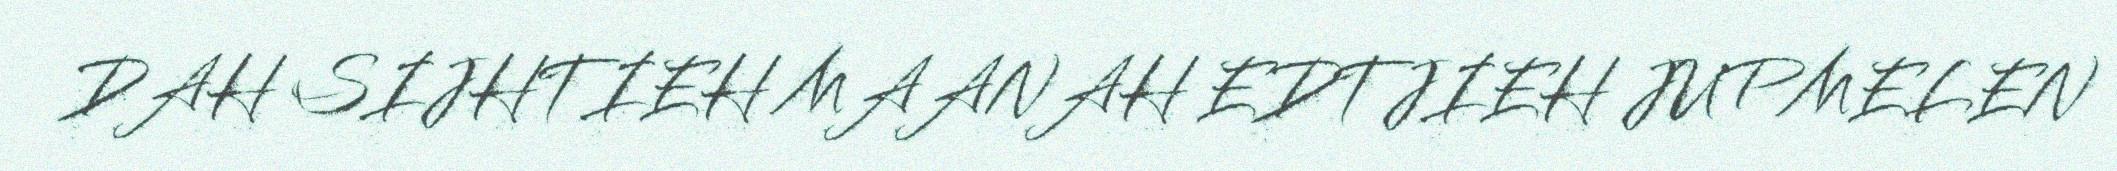
DAH SIJHTIEH MAANAH EDTJIEH JUPMELEN